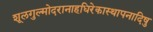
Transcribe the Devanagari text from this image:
शूलगुल्मोदरानाहधिरेकास्थापनादिषु